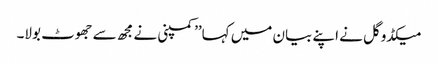
میکڈوگل نے اپنے بیان میں کہا’’کمپنی نے مجھ سے جھوٹ بولا۔